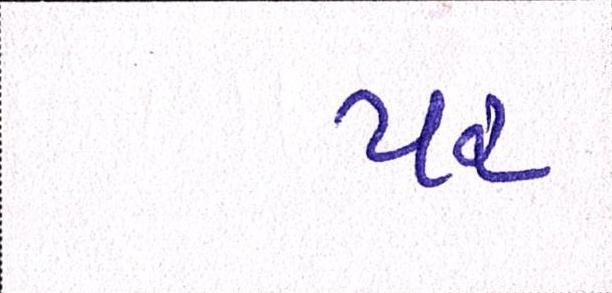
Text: પર